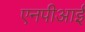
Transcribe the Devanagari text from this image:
एनपीआई